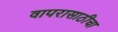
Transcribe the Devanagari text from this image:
वापरासाठीचा